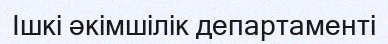
Ішкі әкімшілік департаменті